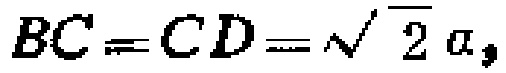
$BC = CD = \sqrt{2} a,$